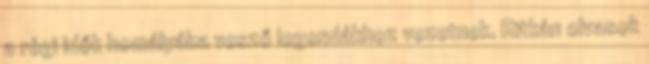
a régi idők homályába vesző legendákhoz vezetnek. Ritkán olvasok